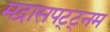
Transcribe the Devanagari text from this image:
मद्रासपट्ट्नम